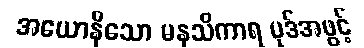
အယောနိသော မနသိကာရ ပုဒ်အဖွင့်